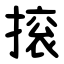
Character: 㨰